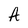
Character: A